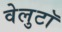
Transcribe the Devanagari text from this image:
वेलुटाॅ